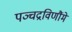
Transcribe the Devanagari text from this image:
पञ्चद्रविणौंमे